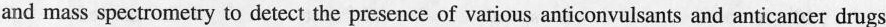
and mass spectrometry to detect the presence of various anticonvulsants and anticancer drugs